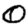
Digit: 0